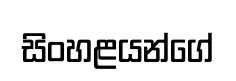
සිංහළයන්ගේ